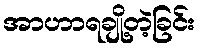
အာဟာရချို့တဲ့ခြင်း